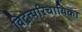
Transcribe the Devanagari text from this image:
विद्वत्परिचायिका